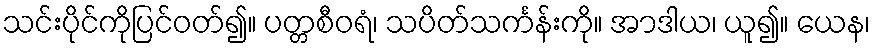
သင်းပိုင်ကိုပြင်ဝတ်၍။ ပတ္တစီဝရံ၊ သပိတ်သင်္ကန်းကို။ အာဒါယ၊ ယူ၍။ ယေန၊